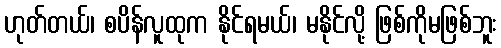
ဟုတ်တယ်၊ စပိန်လူထုက နိုင်ရမယ်၊ မနိုင်လို့ ဖြစ်ကိုမဖြစ်ဘူး